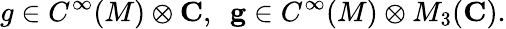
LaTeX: g\in C^{\infty}(M)\otimes{\mathbf C},~~{\mathbf g}\in C^{\infty}(M)\otimes M_{3}({\mathbf C}).